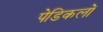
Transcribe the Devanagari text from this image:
पेडिकलों